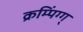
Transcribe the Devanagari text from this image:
क्रम्पिंग्ग्